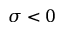
\sigma < 0